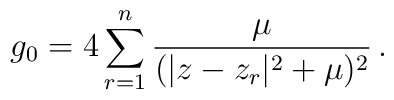
g_0= 4\sum_{r=1}^n {\mu \over (|z-z_r|^2+\mu)^2} \, .